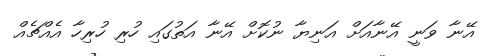
އޭނާ ވަނީ އޭނާއަށް އަނިޔާ ނުކޮށް އޭނާ އަތުގައި ހުރި ހުރިހާ އެއްޗެއް